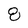
Character: 8